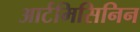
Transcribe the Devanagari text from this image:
आर्टमिसिनिन